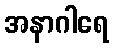
အနာဂါရေ